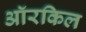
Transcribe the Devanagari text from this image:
ऑरकिल